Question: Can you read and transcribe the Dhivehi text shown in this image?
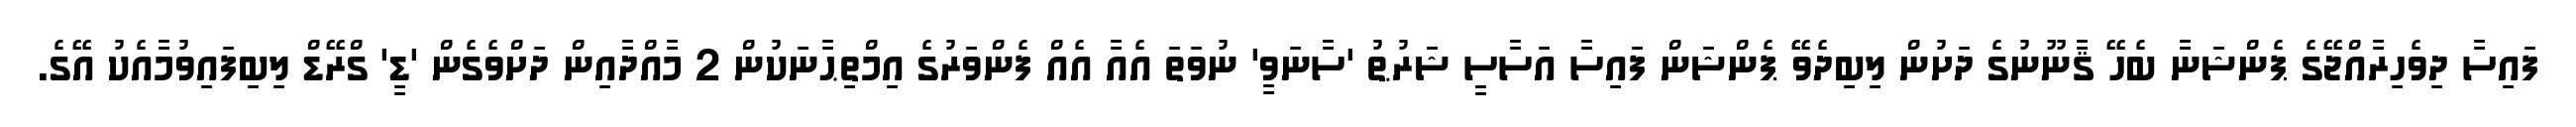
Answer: ފައިސާ ދިވެހިރާއްޖޭގެ ޕެންޝަނާ ބެހޭ ޤާނޫނުގެ ދަށުން ލިބިދެވޭ ޕެންޝަން ފައިސާ އަސާސީ ޝަރުޠު 'ސާނަވީ' ނުވަތަ އެއާ އެއް ފެންވަރުގެ އިމްތިޙާނަކުން 2 މާއްދާއިން ދަށްވެގެން 'ޑީ' ގްރޭޑް ލިބިފައިވުމާއެކު އޭގެ.